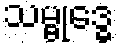
သမ္ဗုဒ္ဓေ